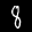
Label: 8